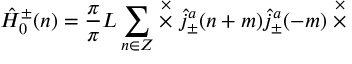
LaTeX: \hat { \cal H } _ { 0 } ^ { \pm } ( n ) = \frac { \pi } { \pi } { L } \sum _ { n \in \cal Z } \stackrel { \times } { \times } \hat { j } _ { \pm } ^ { a } ( n + m ) \hat { j } _ { \pm } ^ { a } ( - m ) \stackrel { \times } { \times }